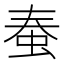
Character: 𧉾